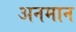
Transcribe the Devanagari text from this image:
अनमान